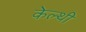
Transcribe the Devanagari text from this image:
केल्थी